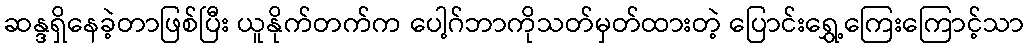
ဆန္ဒရှိနေခဲ့တာဖြစ်ပြီး ယူနိုက်တက်က ပေါ့ဂ်ဘာကိုသတ်မှတ်ထားတဲ့ ပြောင်းရွှေ့ကြေးကြောင့်သာ